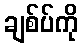
ချစ်ပ်ကို